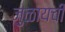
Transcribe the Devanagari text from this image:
जुळायची